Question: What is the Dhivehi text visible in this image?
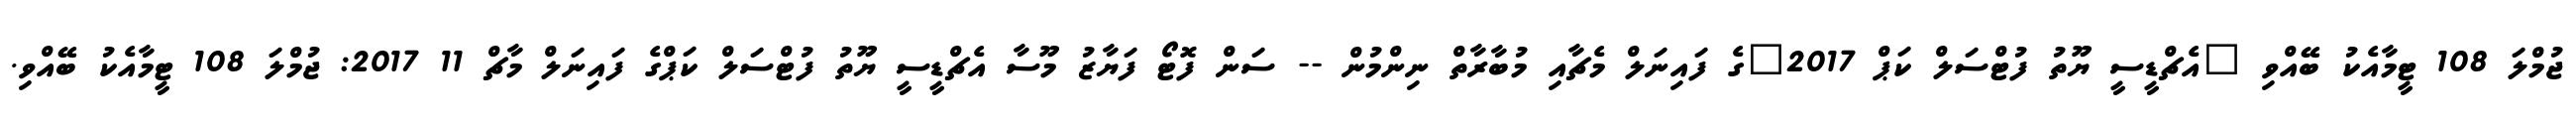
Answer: ޖުމްލަ 108 ޓީމާއެކު ބޭއްވި "އެޗްޑީސީ ޔޫތު ފުޓްސަލް ކަޕް 2017"ގެ ފައިނަލް މެޗާއި މުބާރާތް ނިންމުން -- ސަން ފޮޓޯ ފަޔާޒު މޫސާ އެޗްޑީސީ ޔޫތު ފުޓްސަލް ކަޕްގެ ފައިނަލް މާޗް 11 2017: ޖުމްލަ 108 ޓީމާއެކު ބޭއްވި.